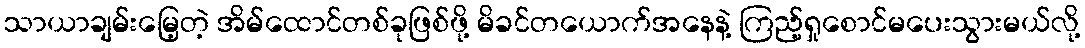
သာယာချမ်းမြေ့တဲ့ အိမ်ထောင်တစ်ခုဖြစ်ဖို့ မိခင်တယောက်အနေနဲ့ ကြည့်ရှုစောင်မပေးသွားမယ်လို့